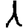
Digit: 1